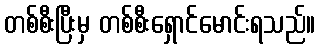
တစ်စီးပြီးမှ တစ်စီးရှောင်မောင်းရသည်။